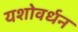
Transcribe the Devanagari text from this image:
यशोवर्धन